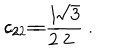
LaTeX: c _ { 2 } = \frac { 1 } { 2 } \hspace { . 3 i n } c _ { 2 2 } = \frac { \sqrt { 3 } } { 2 } \ .